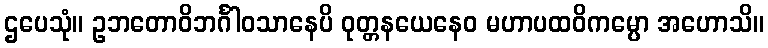
ဌပေသုံ။ ဥဘတောဝိဘင်္ဂါဝသာနေပိ ဝုတ္တနယေနေဝ မဟာပထဝိကမ္ပော အဟောသိ။